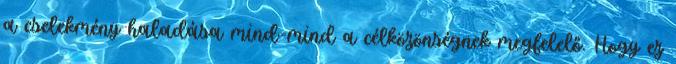
a cselekmény haladása mind-mind a célközönségnek megfelelő. Hogy ez